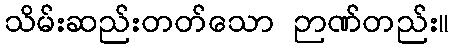
သိမ်းဆည်းတတ်သော ဉာဏ်တည်း။